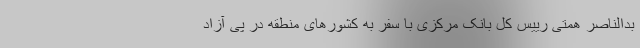
بدالناصر همتی رییس کل بانک مرکزی با سفر به کشورهای منطقه در پی آزاد